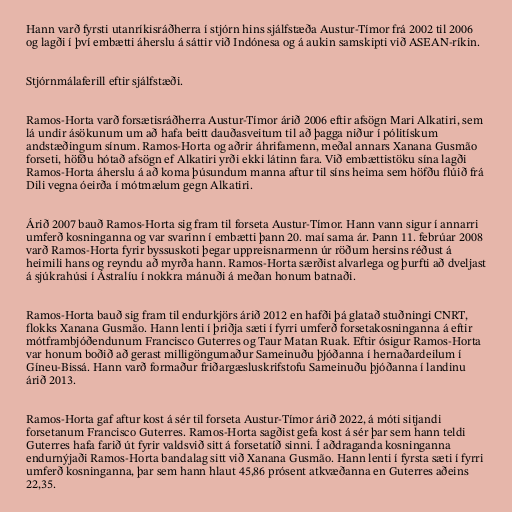
Hann varð fyrsti utanríkisráðherra í stjórn hins sjálfstæða Austur-Tímor frá 2002 til 2006
og lagði í því embætti áherslu á sáttir við Indónesa og á aukin samskipti við ASEAN-ríkin.

Stjórnmálaferill eftir sjálfstæði.

Ramos-Horta varð forsætisráðherra Austur-Tímor árið 2006 eftir afsögn Mari Alkatiri, sem
lá undir ásökunum um að hafa beitt dauðasveitum til að þagga niður í pólitískum
andstæðingum sínum. Ramos-Horta og aðrir áhrifamenn, meðal annars Xanana Gusmão
forseti, höfðu hótað afsögn ef Alkatiri yrði ekki látinn fara. Við embættistöku sína lagði
Ramos-Horta áherslu á að koma þúsundum manna aftur til síns heima sem höfðu flúið frá
Dili vegna óeirða í mótmælum gegn Alkatiri.

Árið 2007 bauð Ramos-Horta sig fram til forseta Austur-Tímor. Hann vann sigur í annarri
umferð kosninganna og var svarinn í embætti þann 20. maí sama ár. Þann 11. febrúar 2008
varð Ramos-Horta fyrir byssuskoti þegar uppreisnarmenn úr röðum hersins réðust á
heimili hans og reyndu að myrða hann. Ramos-Horta særðist alvarlega og þurfti að dveljast
á sjúkrahúsi í Ástralíu í nokkra mánuði á meðan honum batnaði.

Ramos-Horta bauð sig fram til endurkjörs árið 2012 en hafði þá glatað stuðningi CNRT,
flokks Xanana Gusmão. Hann lenti í þriðja sæti í fyrri umferð forsetakosninganna á eftir
mótframbjóðendunum Francisco Guterres og Taur Matan Ruak. Eftir ósigur Ramos-Horta
var honum boðið að gerast milligöngumaður Sameinuðu þjóðanna í hernaðardeilum í
Gíneu-Bissá. Hann varð formaður friðargæsluskrifstofu Sameinuðu þjóðanna í landinu
árið 2013.

Ramos-Horta gaf aftur kost á sér til forseta Austur-Tímor árið 2022, á móti sitjandi
forsetanum Francisco Guterres. Ramos-Horta sagðist gefa kost á sér þar sem hann teldi
Guterres hafa farið út fyrir valdsvið sitt á forsetatíð sinni. Í aðdraganda kosninganna
endurnýjaði Ramos-Horta bandalag sitt við Xanana Gusmão. Hann lenti í fyrsta sæti í fyrri
umferð kosninganna, þar sem hann hlaut 45,86 prósent atkvæðanna en Guterres aðeins
22,35.